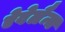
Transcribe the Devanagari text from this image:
ऐवेलैन्च